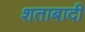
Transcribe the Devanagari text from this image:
शताबादी